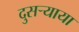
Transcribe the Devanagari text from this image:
दुसर्‍याया